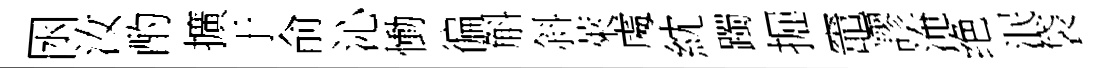
囦汝酌擴于俞沁慟徧斛斜萊䖏紞躅掘竈謬淹绝泯袋